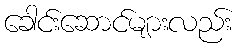
ခေါင်းဆောင်များလည်း